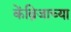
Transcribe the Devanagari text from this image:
केंब्रिजाच्या